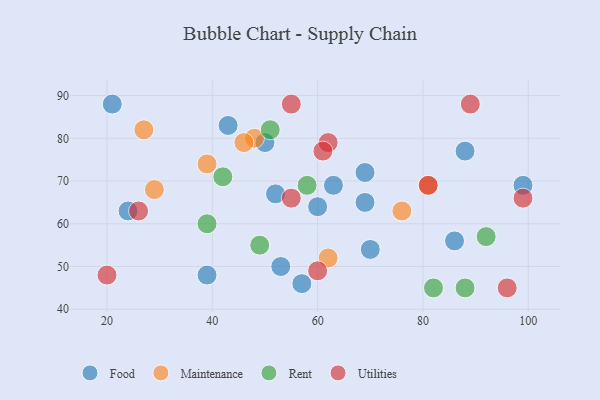
{"axis": {"x": "GDP", "y": "Life Expectancy"}, "legend": ["Food", "Maintenance", "Rent", "Utilities"], "data": [{"x": "86", "y": 56, "type": "Food"}, {"x": "57", "y": 46, "type": "Food"}, {"x": "24", "y": 63, "type": "Food"}, {"x": "88", "y": 77, "type": "Food"}, {"x": "60", "y": 64, "type": "Food"}, {"x": "63", "y": 69, "type": "Food"}, {"x": "39", "y": 48, "type": "Food"}, {"x": "52", "y": 67, "type": "Food"}, {"x": "99", "y": 69, "type": "Food"}, {"x": "70", "y": 54, "type": "Food"}, {"x": "50", "y": 79, "type": "Food"}, {"x": "53", "y": 50, "type": "Food"}, {"x": "21", "y": 88, "type": "Food"}, {"x": "69", "y": 72, "type": "Food"}, {"x": "69", "y": 65, "type": "Food"}, {"x": "43", "y": 83, "type": "Food"}, {"x": "62", "y": 52, "type": "Maintenance"}, {"x": "81", "y": 69, "type": "Maintenance"}, {"x": "48", "y": 80, "type": "Maintenance"}, {"x": "29", "y": 68, "type": "Maintenance"}, {"x": "76", "y": 63, "type": "Maintenance"}, {"x": "27", "y": 82, "type": "Maintenance"}, {"x": "46", "y": 79, "type": "Maintenance"}, {"x": "39", "y": 74, "type": "Maintenance"}, {"x": "51", "y": 82, "type": "Rent"}, {"x": "82", "y": 45, "type": "Rent"}, {"x": "88", "y": 45, "type": "Rent"}, {"x": "42", "y": 71, "type": "Rent"}, {"x": "92", "y": 57, "type": "Rent"}, {"x": "39", "y": 60, "type": "Rent"}, {"x": "49", "y": 55, "type": "Rent"}, {"x": "58", "y": 69, "type": "Rent"}, {"x": "60", "y": 49, "type": "Utilities"}, {"x": "99", "y": 66, "type": "Utilities"}, {"x": "26", "y": 63, "type": "Utilities"}, {"x": "62", "y": 79, "type": "Utilities"}, {"x": "55", "y": 66, "type": "Utilities"}, {"x": "81", "y": 69, "type": "Utilities"}, {"x": "20", "y": 48, "type": "Utilities"}, {"x": "55", "y": 88, "type": "Utilities"}, {"x": "61", "y": 77, "type": "Utilities"}, {"x": "89", "y": 88, "type": "Utilities"}, {"x": "96", "y": 45, "type": "Utilities"}]}